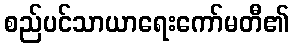
စည်ပင်သာယာရေးကော်မတီ၏